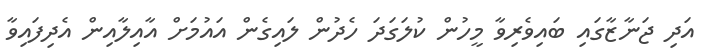
އަދި ޖަނާޒާގައި ބައިވެރިވާ މީހުން ކުލަގަދަ ހެދުން ލައިގެން އައުމަށް އާއިލާއިން އެދިފައިވާ